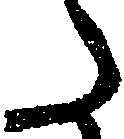
た